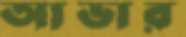
আভার